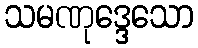
သမဏုဒ္ဒေသော